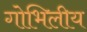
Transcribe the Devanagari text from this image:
गोभिलीय